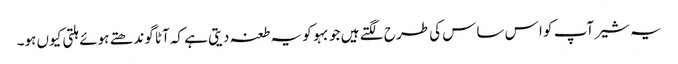
یہ شیر آپ کو ا س ساس کی طرح لگتے ہیں جو بہو کو یہ طعنہ دیتی ہے کہ آٹا گوندھتے ہوئے ہلتی کیوں ہو۔